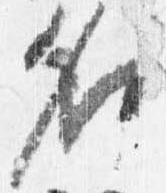
名